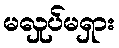
မလှုပ်မရှား